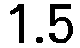
1.5